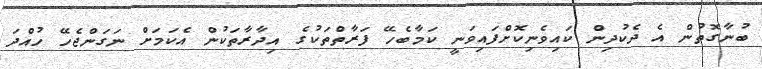
ބުނާގޮތުން އެ ދެކުދިން ކައިވެނިކޮށްފައިވަނީ ކަމާބެހޭ ފަރާތްތަކުގެ އިދާރާތަކުން އެކަމަށް ނަގަންޖެހޭ ހުއްދަ